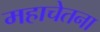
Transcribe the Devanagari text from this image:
महाचेतना